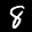
Label: 8